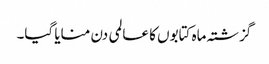
گزشتہ ماہ کتابوں کا عالمی دن منایا گیا۔